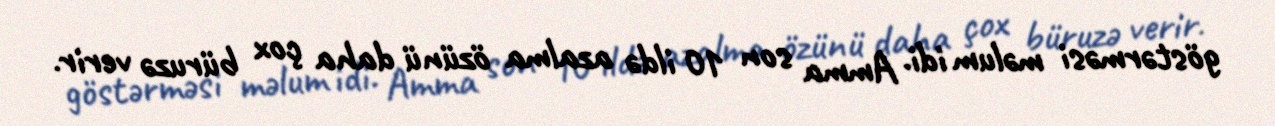
göstərməsi məlum idi. Amma son 10 ildə azalma özünü daha çox büruzə verir.